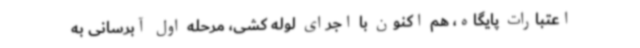
اعتبارات پایگاه، هم اکنون با اجرای لوله کشی، مرحله اول آبرسانی به